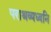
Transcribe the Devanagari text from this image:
पराश्रव्यध्वनि